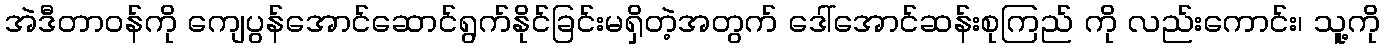
အဲဒီတာဝန်ကို ကျေပွန်အောင်ဆောင်ရွက်နိုင်ခြင်းမရှိတဲ့အတွက် ဒေါ်အောင်ဆန်းစုကြည် ကို လည်းကောင်း၊ သူ့ကို